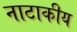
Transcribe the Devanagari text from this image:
नाटाकीय